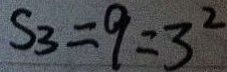
S _ { 3 } = 9 = 3 ^ { 2 }